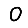
Digit: 0